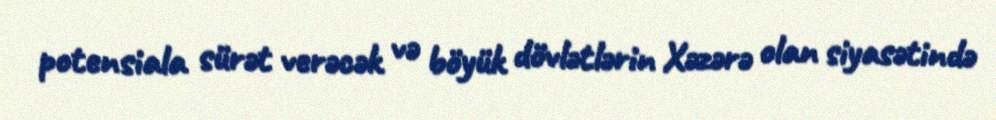
potensiala sürət verəcək və böyük dövlətlərin Xəzərə olan siyasətində